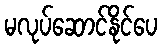
မလုပ်ဆောင်နိုင်ပေ